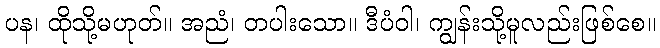
ပန၊ ထိုသို့မဟုတ်။ အညံ၊ တပါးသော။ ဒီပံဝါ၊ ကျွန်းသို့မူလည်းဖြစ်စေ။